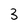
Character: 3